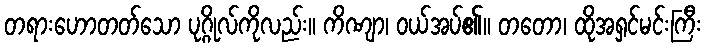
တရားဟောတတ်သော ပုဂ္ဂိုလ်ကိုလည်း။ ကိဏျာ၊ ဝယ်အပ်၏။ တတော၊ ထိုအရှင်မင်းကြီး